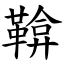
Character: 鞥